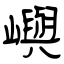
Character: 嶼